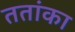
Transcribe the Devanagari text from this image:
ततांका